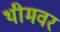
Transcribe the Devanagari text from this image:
थीमवर